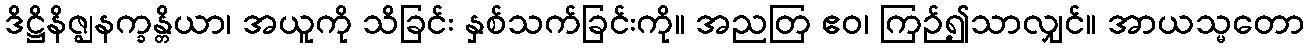
ဒိဋ္ဌိနိဇ္ဈနက္ခန္တိယာ၊ အယူကို သိခြင်း နှစ်သက်ခြင်းကို။ အညတြ ဧဝ၊ ကြဉ်၍သာလျှင်။ အာယသ္မတော